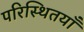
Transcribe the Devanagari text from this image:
परिस्थितयाँ